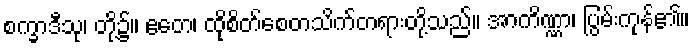
စက္ခာဒီသု၊ တို့၌။ ဧတေ၊ ထိုစိတ်စေတသိက်တရားတို့သည်။ အာကိဏ္ဏာ၊ ပြွမ်းကုန်၏။